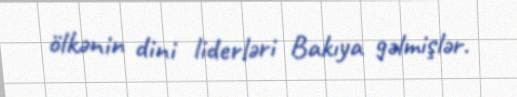
ölkənin dini liderləri Bakıya gəlmişlər.